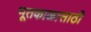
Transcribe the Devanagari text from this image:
भूतकाळासाठी